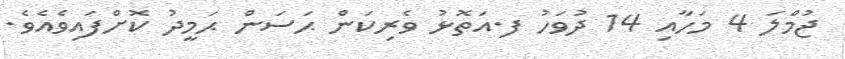
ޖުމްލަ 4 މަހާއި 14 ދުވަހު ފ.އަތޮޅު ވެރިކަން ޙަސަން ޙަމީދު ކޮށްފައިވެއެވެ.